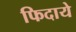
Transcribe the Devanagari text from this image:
फिदाये